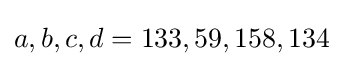
a,b,c,d=133,59,158,134